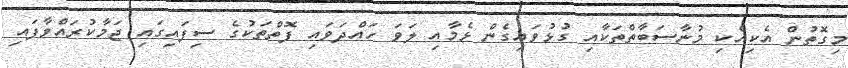
މިގޮތުން އެކިއެކި މުނާސަބާތްތަކާއި ގުޅުވައިގެން ޅެމާއި ލަވަ ހައްދަވައި ފޮތްތަކުގެ ސިފައިގައި ޖަމާކުރައްވާފައި